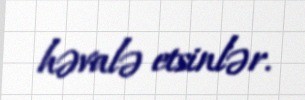
həvalə etsinlər.